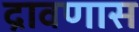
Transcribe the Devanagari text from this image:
द्रावणास